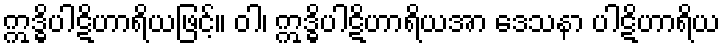
ဣဒ္ဓိပါဋိဟာရိယဖြင့်။ ဝါ၊ ဣဒ္ဓိပါဋိဟာရိယအာ ဒေသနာ ပါဋိဟာရိယ